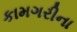
કામગરીના